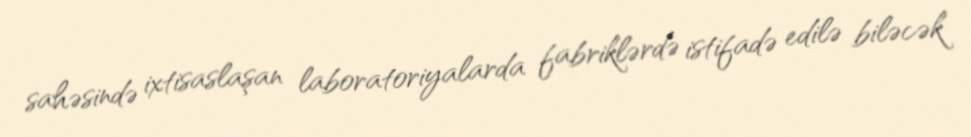
sahəsində ixtisaslaşan laboratoriyalarda fabriklərdə istifadə edilə biləcək